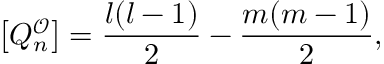
\left[ Q _ { n } ^ { \mathcal { O } } \right] = \frac { l ( l - 1 ) } { 2 } - \frac { m ( m - 1 ) } { 2 } ,